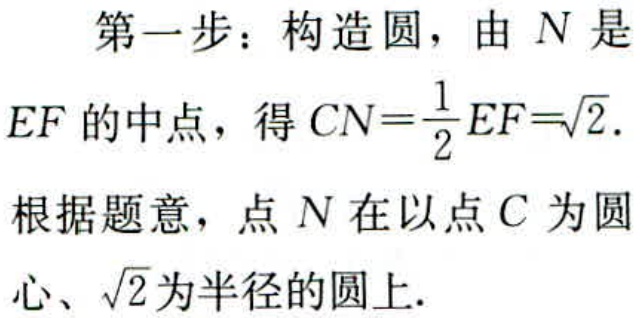
第一步：构造圆，由 \(N\) 是
\(EF\) 的中点，得 \(CN = \frac{1}{2}EF=\sqrt{2}\).
根据题意，点 \(N\) 在以点 \(C\) 为圆
心、\(\sqrt{2}\) 为半径的圆上.